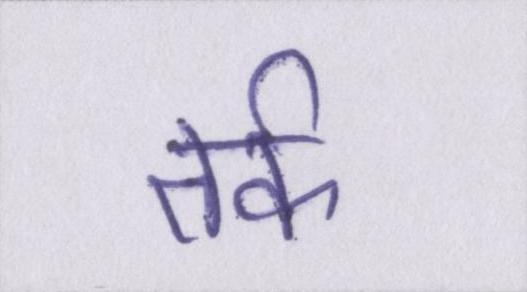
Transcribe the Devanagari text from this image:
तर्क